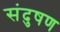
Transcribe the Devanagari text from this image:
संदुषण